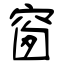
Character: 窗